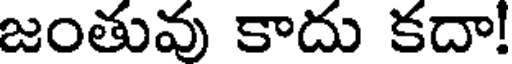
జంతువు కాదు కదా!